Civil Veterinary Dept. North-West Frontier Province 1933-46 - 1933-1946
Year: 1933
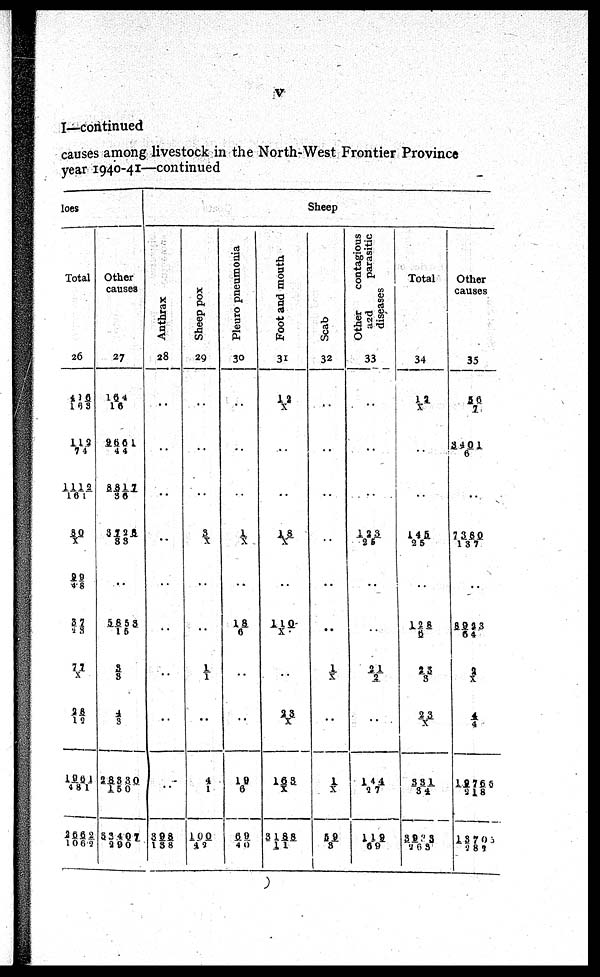
V
I—continued
causes among livestock in the North-West Frontier Province
year 1940-41—continued
loes
Total
26
406/163
112/ 74
1112/161
80/X
99/48
87/23
77/X
23/12
1961/481
2662/1062
Other
causes
27
164/16
9661/44
8817/36
3728/83
..
5853/15
3/3
4/ 3
28330/150
53407/290
Sheep
Anthrax
28
..
..
..
..
..
..
..
..
..
398/158
Sheep pox
29
..
..
..
3/X
..
..
1/1
..
4/ 1
100/ 42
Pleuro pneumonia
30
..
..
..
1/X
..
18/6
..
..
19/6
69/40
Foot and mouth
31
12/ X
..
..
18/X
..
110/X
..
23/X
163/X
3188/11
Scab
32
..
..
..
..
..
..
1/ X
..
1/X
59/3
Other
contagious
and
parasitic
diseases
33
..
..
..
123/25
..
..
21/2
..
144/27
119/69
Total
34
12/X
..
..
145/25
..
128/6
23/3
23/X
331/34
3923/263
Other
causes
35
56/7
3401/6
..
7380/ 137
..
8923/64
2/X
4/4
19765/ 218
13705/282